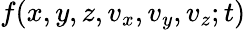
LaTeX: f(x,y,z,v_{x},v_{y},v_{z};t)